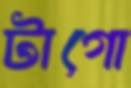
টাগো